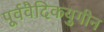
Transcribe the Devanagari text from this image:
पूर्ववैदिकयुगीन